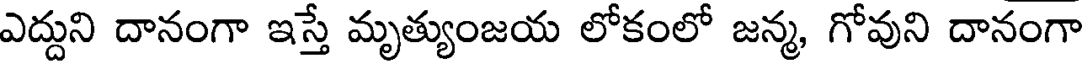
ఎద్దుని దానంగా ఇస్తే మృత్యుంజయ లోకంలో జన్మ, గోవుని దానంగా